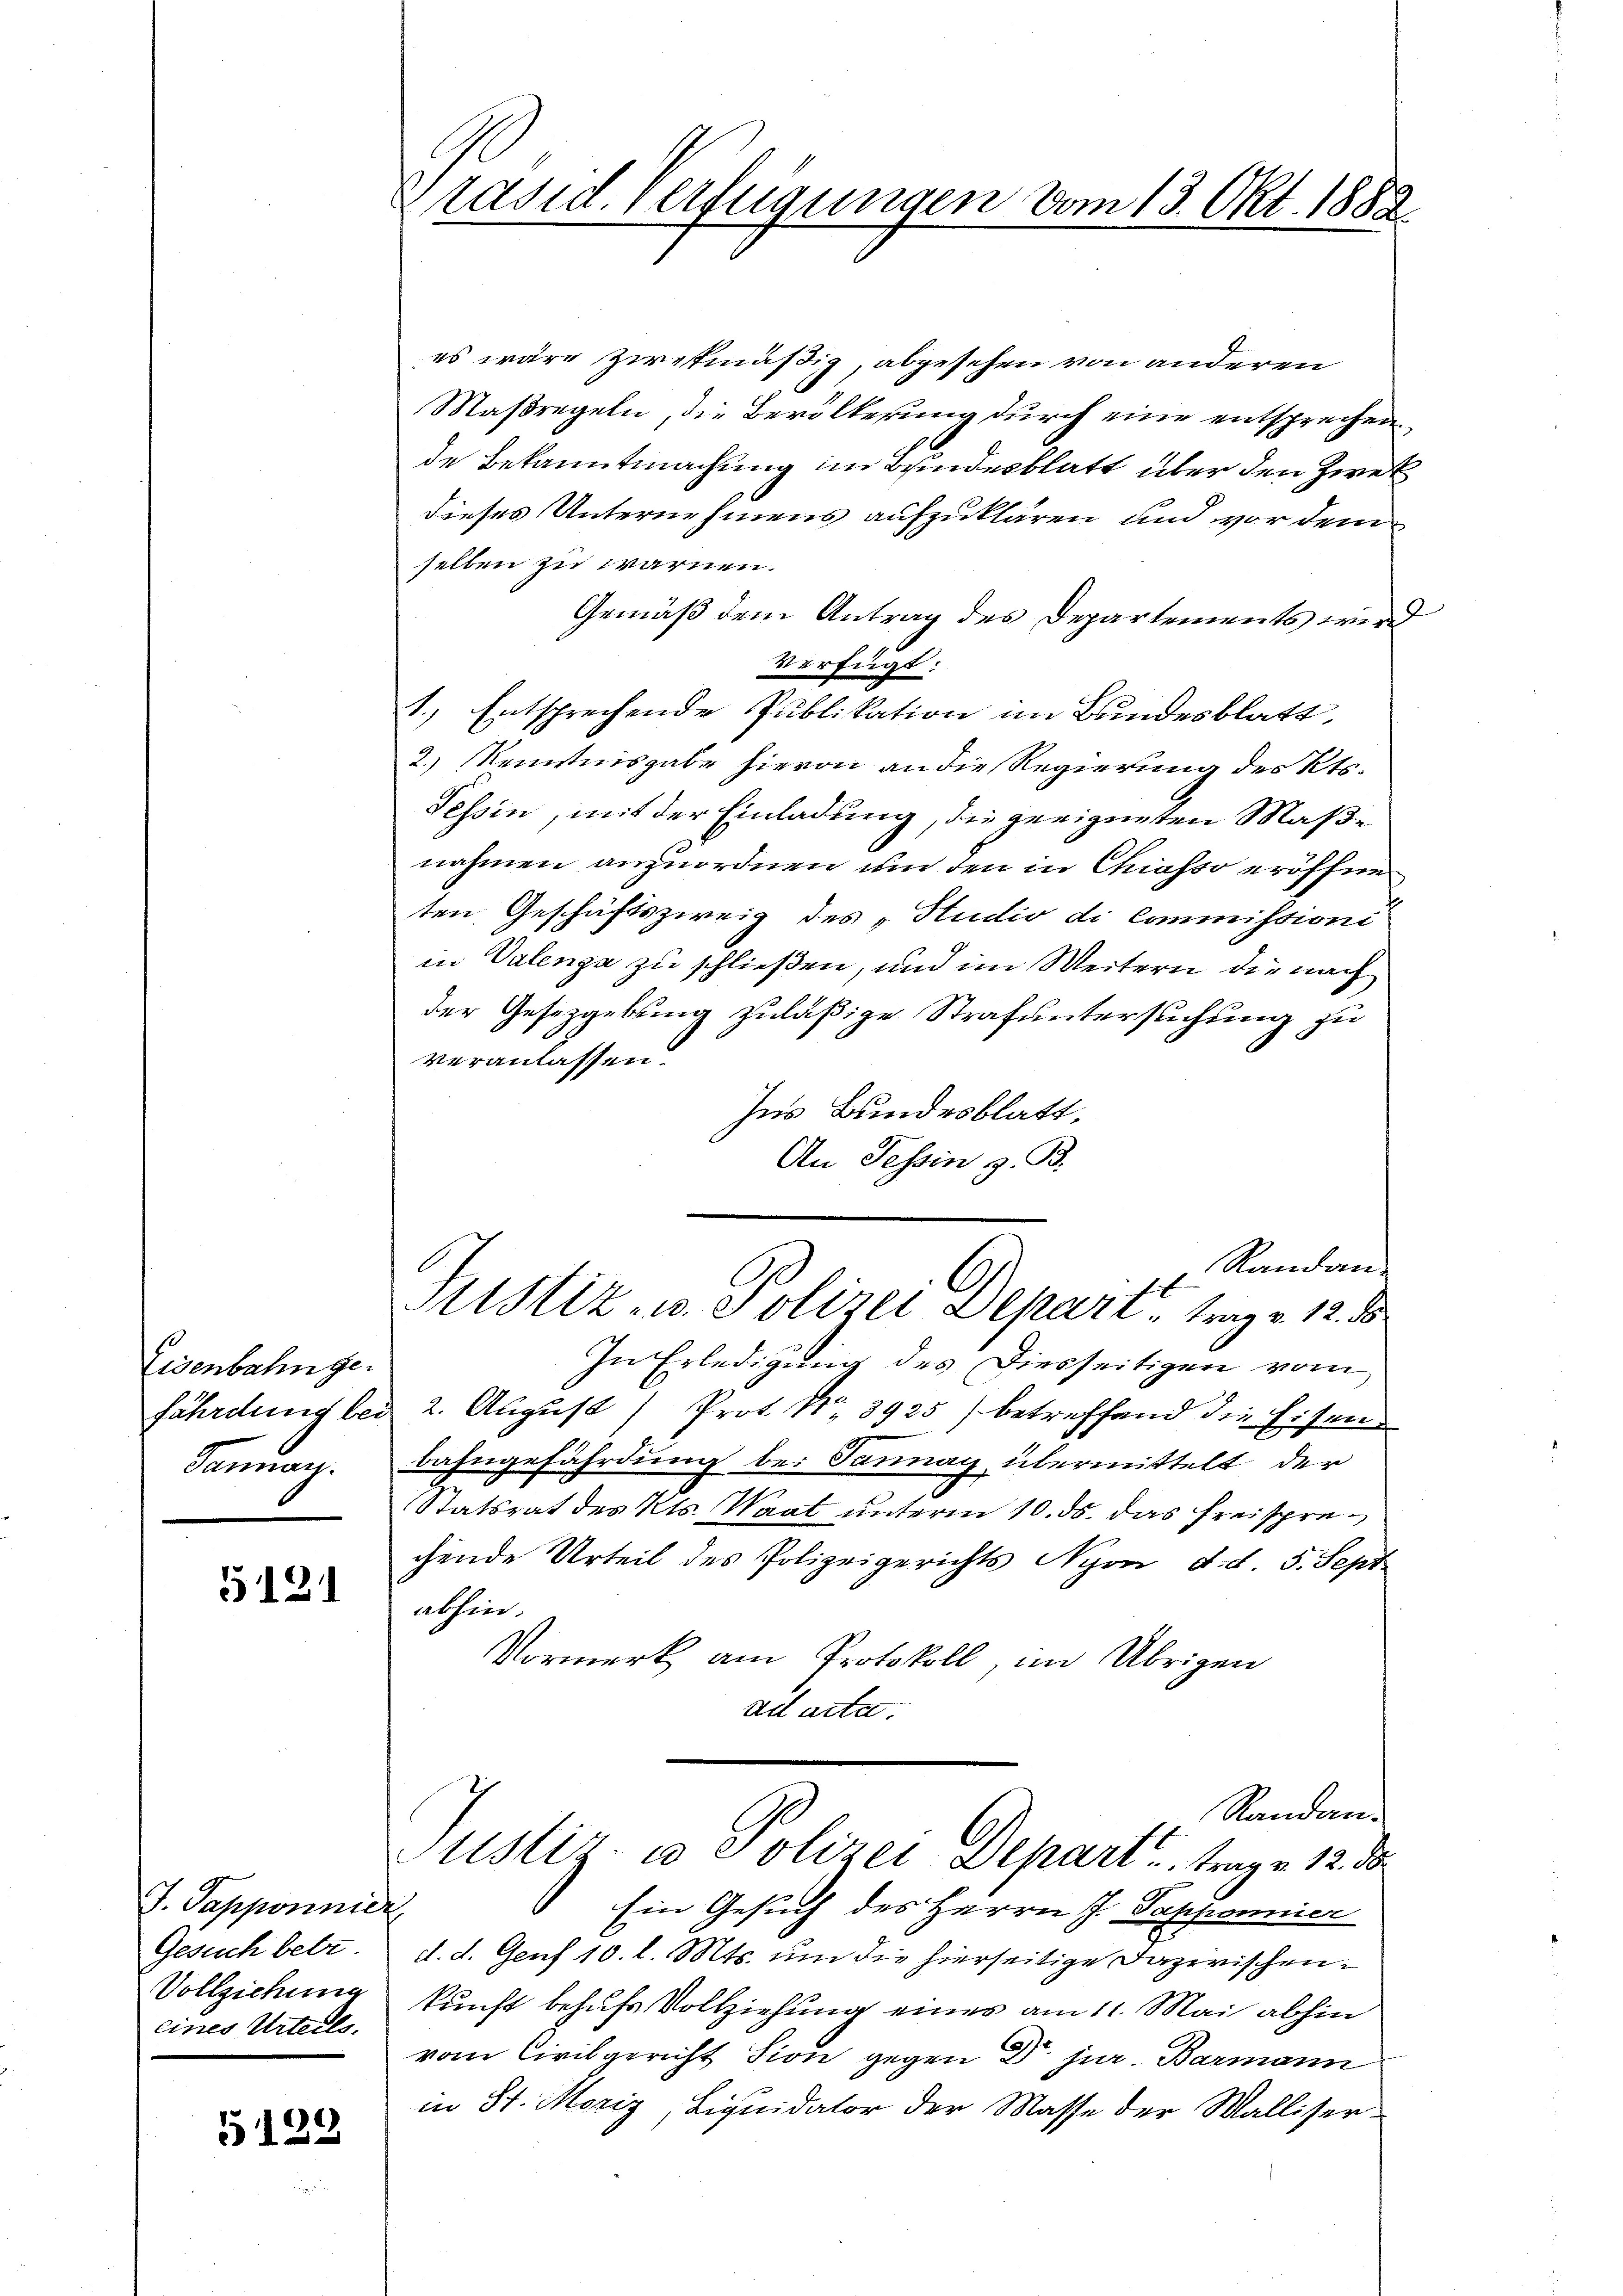
Eisenbahnge¬
Finung

5121

J. Papponnier
eines Urteils.

5122

Präsid. Verfügungen vom 13. Okt. 1882.

es wäre ziretmäßig, abgesehen von anderen
Maßregeln, die Bevölkerung durch eine entsprechen
de Bekanntmachung im Bundesblatt über den Zwek
dieses Unternehmens aufzuklären, und vor dem
selben zu warnen.
Gemäß dem Antrag des Departements wird
Verfügt:
1.) Entsprechende Publikation im Bundesblatt,
2.) Kenntnisgabe hievon an die Regierung des Kts.
Tessin, mit der Einladung, die geeigneten Maßnahmen anzuordnen und den in Chiasso eröffne
ten Geschäftszweig des „Studio di Commissioni
in Valenga zu schließen, und im Weitern die nach
der Gesetzgebung zuläßige Strafuntersuchung zu
veranlassen.
Ins Bundesblatt,
An Tessin z. B.
Randan¬
Justiz- u. Polizei Depart, trag v. 12. ds
In Erledigung des Diesseitigen vom
fährdung bei 2. August Prot. N. 3925) betreffend die Eisenbahngefährdung bei Tannay übermittelt der
Statsrat des Kts. Waat unterm 10. ds. das Freisprechende Urteil des Polizeigerichts Nyon, d. d. 5. Sept
abhin.
Vormerk am Protokoll, im Übrigen
ad acta.
Randan¬
Justiz- u Polizei Depart, trage 12. d
Ein Gesuch des Herrn J. Sappennier
Gesuch betr. d. d. Genf 10. l. Mts. um die hierseitige Dazwischen¬
Vollziehung kunft behufs Vollziehung eines am 11. Mai abhin
vom Civilgericht Sion gegen Dr. jur. Barmann
in St. Moriz, Liquidator der Masse der Walliser-

2